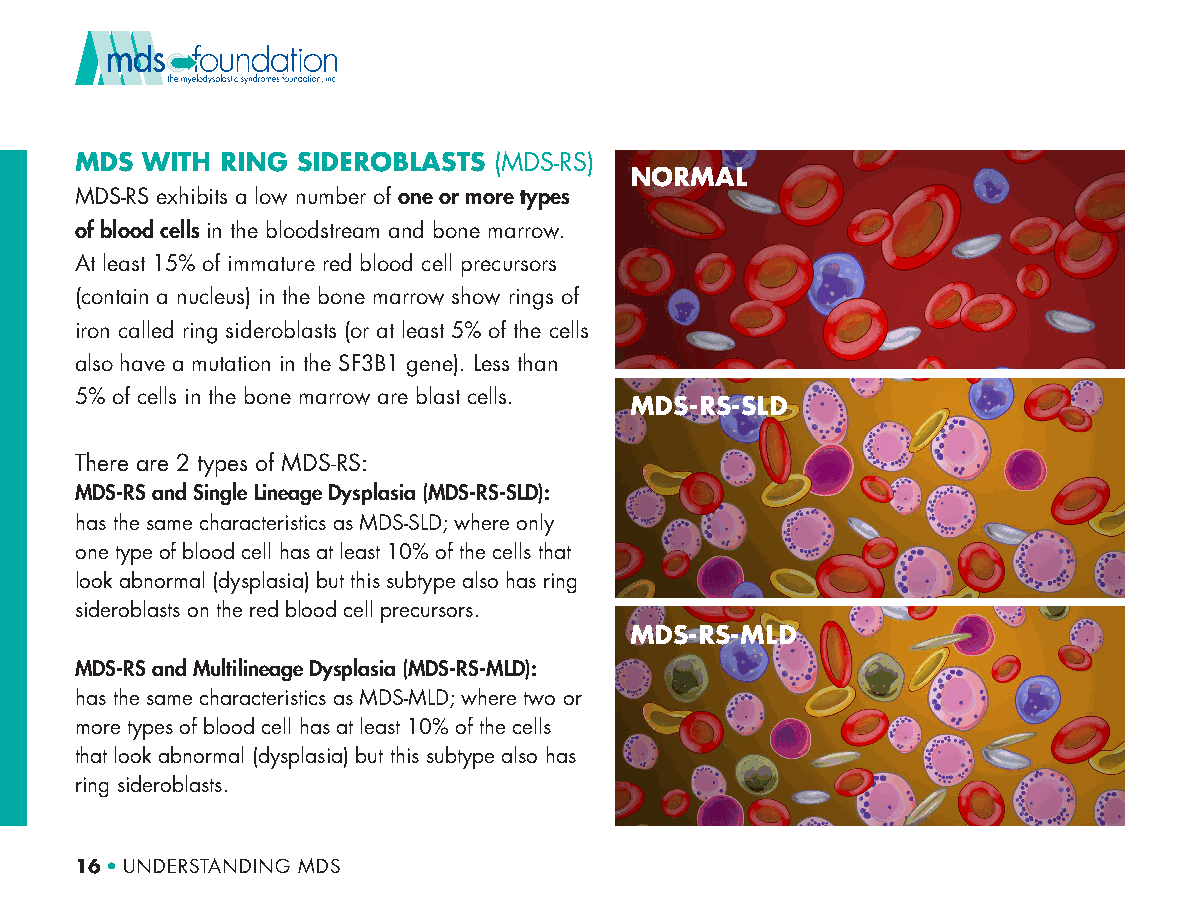
MDS WITH  RING SIDEROBLASTS (MDS-RS)
 NORMAL
 MDS-RS exhibits a low number of one or more types
 of blood cells in the bloodstream and bone marrow.
 At least 15% of immature red blood cell precursors
 (contain a nucleus) in the bone marrow show rings of
 iron called ring sideroblasts (or at least 5% of the cells
 also have a mutation in the SF3B1 gene). Less than
 5% of cells in the bone marrow are blast cells.
 MDS-RS-SLD
 There are 2 types of MDS-RS:
 MDS-RS and Single Lineage Dysplasia (MDS-RS-SLD):
 has the same characteristics as MDS-SLD; where only
 one type of blood cell has at least 10% of the cells that
 look abnormal (dysplasia) but this subtype also has ring
 sideroblasts on the red blood cell precursors.
 MDS-RS-MLD
 MDS-RS and Multilineage Dysplasia (MDS-RS-MLD):
 has the same characteristics as MDS-MLD; where two or
 more types of blood cell has at least 10% of the cells
 that look abnormal (dysplasia) but this subtype also has
 ring sideroblasts.
 16 • UNDERSTANDING MDS